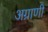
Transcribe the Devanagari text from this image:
अग्राणी